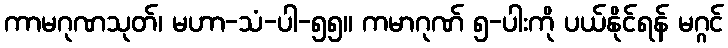
ကာမဂုဏသုတ်၊ မဟာ-သံ-ပါ-၅၅။ ကမာဂုဏ် ၅-ပါးကို ပယ်နိုင်ရန် မဂ္ဂင်